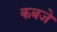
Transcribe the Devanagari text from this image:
कबजे